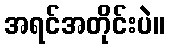
အရင်အတိုင်းပဲ။